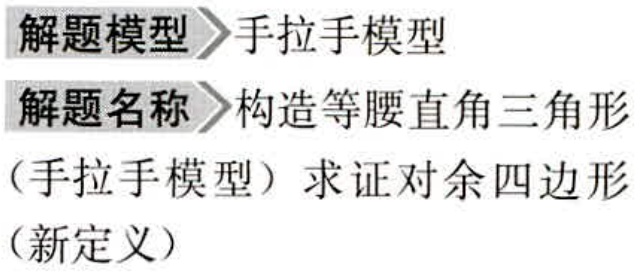
解题模型〉手拉手模型

解题名称〉构造等腰直角三角形

（手拉手模型）求证对余四边形

（新定义）